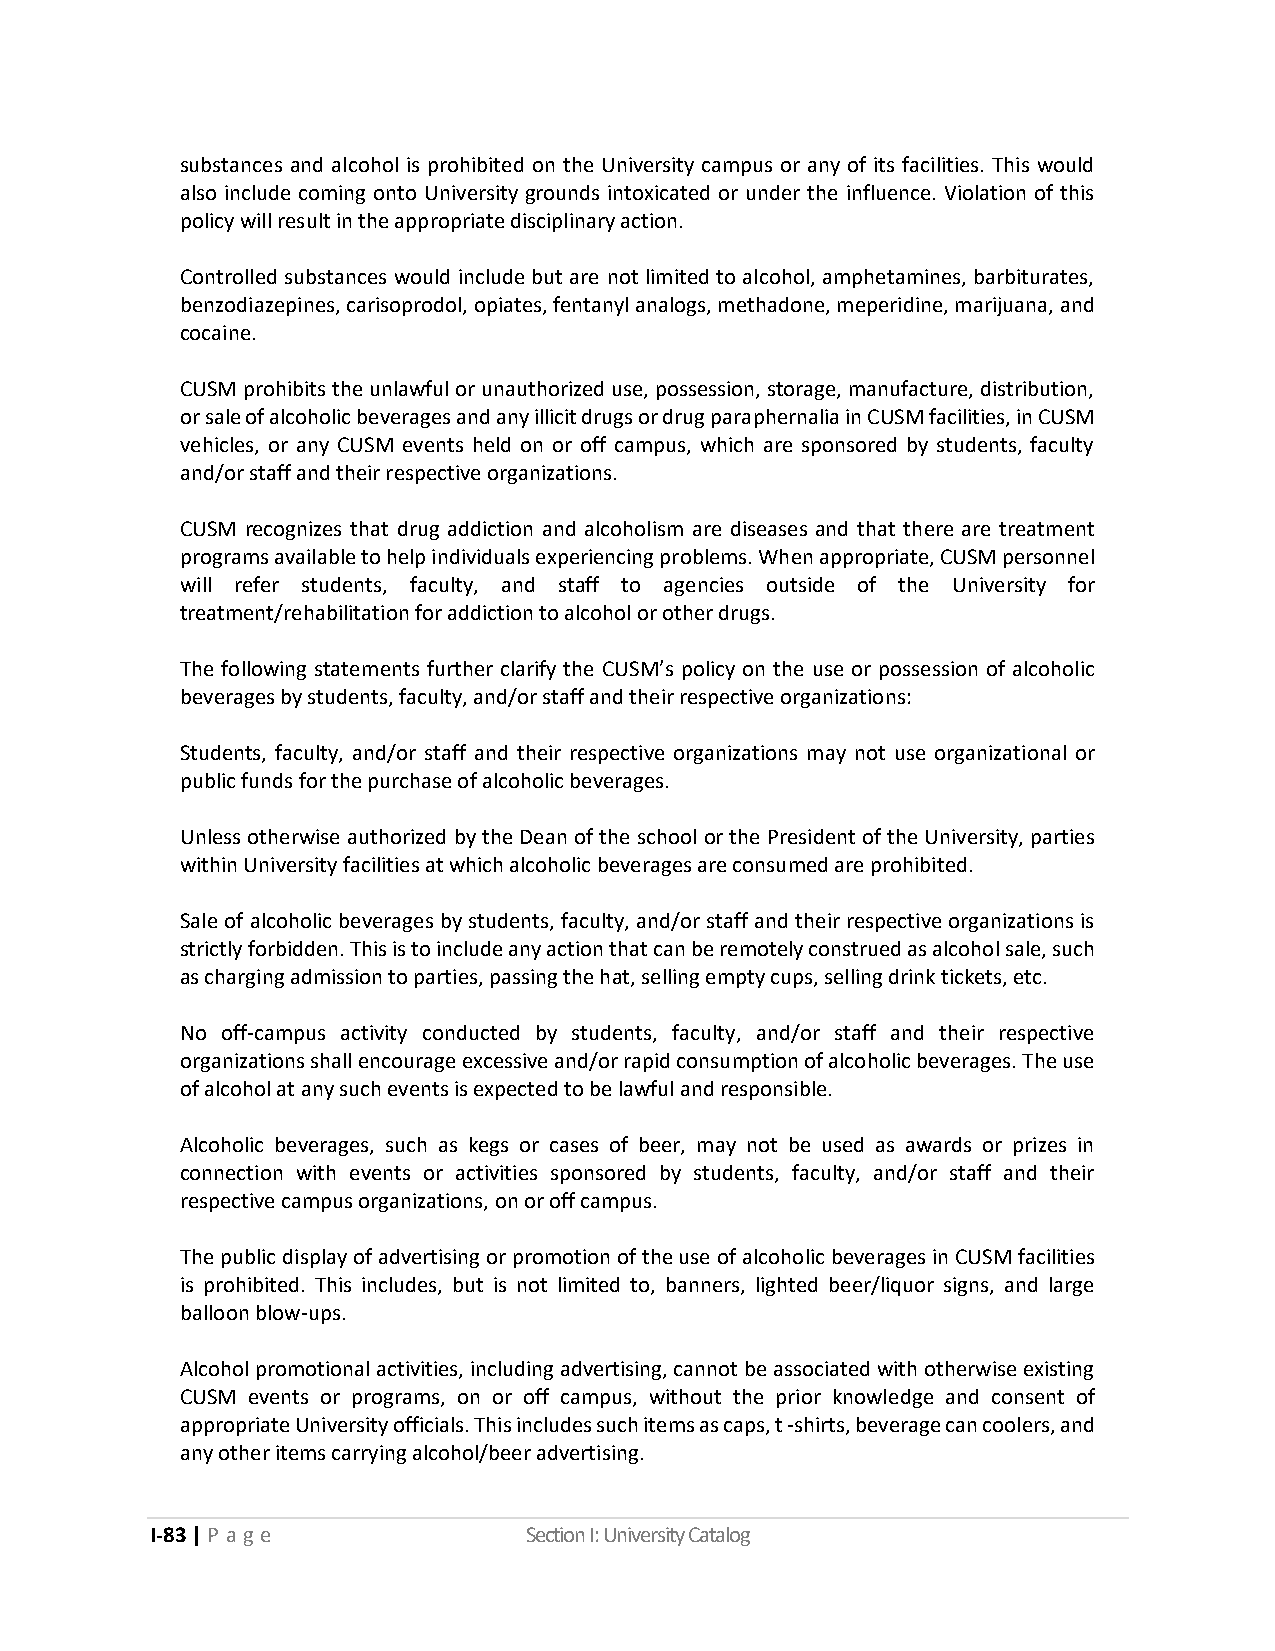
substances and alcohol is prohibited on the University campus or any of its facilities. This would
 also include coming onto University grounds intoxicated or under the influence. Violation of this
 policy will result in the appropriate disciplinary action.
 Controlled substances would include but are not limited to alcohol, amphetamines, barbiturates,
 benzodiazepines, carisoprodol, opiates, fentanyl analogs, methadone, meperidine, marijuana, and
 cocaine.
 CUSM prohibits the unlawful or unauthorized use, possession, storage, manufacture, distribution,
 or sale of alcoholic beverages and any illicit drugs or drug paraphernalia in CUSM facilities, in CUSM
 vehicles, or any CUSM events held on or off campus, which are sponsored by students, faculty
 and/or staff and their respective organizations.
 CUSM recognizes that drug addiction and alcoholism are diseases and that there are treatment
 programs available to help individuals experiencing problems. When appropriate, CUSM personnel
 will refer students, faculty, and staff to agencies outside of the University for
 treatment/rehabilitation for addiction to alcohol or other drugs.
 The following statements further clarify the CUSM’s policy on the use or possession of alcoholic
 beverages by students, faculty, and/or staff and their respective organizations:
 Students, faculty, and/or staff and their respective organizations may not use organizational or
 public funds for the purchase of alcoholic beverages.
 Unless otherwise authorized by the Dean of the school or the President of the University, parties
 within University facilities at which alcoholic beverages are consumed are prohibited.
 Sale of alcoholic beverages by students, faculty, and/or staff and their respective organizations is
 strictly forbidden. This is to include any action that can be remotely construed as alcohol sale, such
 as charging admission to parties, passing the hat, selling empty cups, selling drink tickets, etc.
 No off-campus activity conducted by students, faculty, and/or staff and their respective
 organizations shall encourage excessive and/or rapid consumption of alcoholic beverages. The use
 of alcohol at any such events is expected to be lawful and responsible.
 Alcoholic beverages, such as kegs or cases of beer, may not be used as awards or prizes in
 connection with events or activities sponsored by students, faculty, and/or staff and their
 respective campus organizations, on or off campus.
 The public display of advertising or promotion of the use of alcoholic beverages in CUSM facilities
 is prohibited. This includes, but is not limited to, banners, lighted beer/liquor signs, and large
 balloon blow-ups.
 Alcohol promotional activities, including advertising, cannot be associated with otherwise existing
 CUSM events or programs, on or off campus, without the prior knowledge and consent of
 appropriate University officials. This includes such items as caps, t -shirts, beverage can coolers, and
 any other items carrying alcohol/beer advertising.
 I-83 | P a ge            Section I: University Catalog